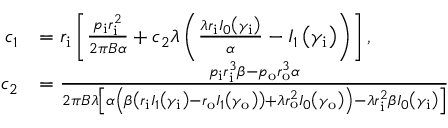
\begin{array} { r l } { c _ { 1 } } & { = r _ { \mathrm { { i } } } \left[ \frac { p _ { \mathrm { i } } r _ { \mathrm { { i } } } ^ { 2 } } { 2 \pi B \alpha } + c _ { 2 } \lambda \left( \frac { \lambda r _ { \mathrm { { i } } } I _ { 0 } \left( \gamma _ { \mathrm { i } } \right) } { \alpha } - I _ { 1 } \left( \gamma _ { \mathrm { i } } \right) \right) \right] , } \\ { c _ { 2 } } & { = \frac { p _ { \mathrm { { i } } } r _ { \mathrm { i } } ^ { 3 } \beta - p _ { \mathrm { { o } } } r _ { \mathrm { o } } ^ { 3 } \alpha } { 2 \pi B \lambda \left[ \alpha \left( \beta \left( r _ { \mathrm { { i } } } I _ { 1 } \left( \gamma _ { \mathrm { i } } \right) - r _ { \mathrm { { o } } } I _ { 1 } \left( \gamma _ { \mathrm { o } } \right) \right) + \lambda r _ { \mathrm { { o } } } ^ { 2 } I _ { 0 } \left( \gamma _ { \mathrm { o } } \right) \right) - \lambda r _ { \mathrm { { i } } } ^ { 2 } \beta I _ { 0 } \left( \gamma _ { \mathrm { i } } \right) \right] } } \end{array}